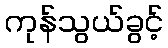
ကုန်သွယ်ခွင့်